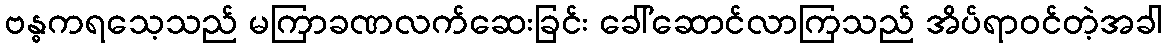
ဗန္ဓကရသေ့သည် မကြာခဏလက်ဆေးခြင်း ခေါ်ဆောင်လာကြသည် အိပ်ရာဝင်တဲ့အခါ